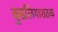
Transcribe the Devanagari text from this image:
कुंडलियाशतक